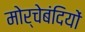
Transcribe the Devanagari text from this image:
मोर्चेबंदियों